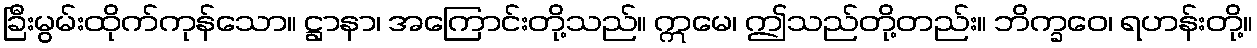
ခြီးမွမ်းထိုက်ကုန်သော။ ဋ္ဌာနာ၊ အကြောင်းတို့သည်။ ဣမေ၊ ဤသည်တို့တည်း။ ဘိက္ခဝေ၊ ရဟန်းတို့။